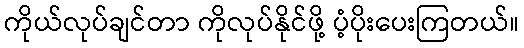
ကိုယ်လုပ်ချင်တာ ကိုလုပ်နိုင်ဖို့ ပံ့ပိုးပေးကြတယ်။